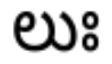
లుః